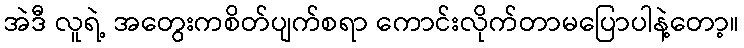
အဲဒီ လူရဲ့ အတွေးကစိတ်ပျက်စရာ ကောင်းလိုက်တာမပြောပါနဲ့တော့။